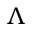
\Lambda